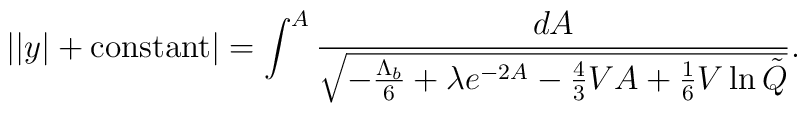
||y|+{\rm constant}|=\int^A\frac{dA}{\sqrt{-\frac{\Lambda_b}{6}+\lambda e^{-2A}-\frac43VA+\frac16 V\ln\tilde Q}}.